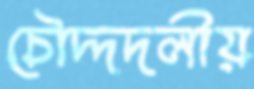
চৌদ্দদলীয়